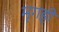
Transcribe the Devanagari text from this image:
मृगही